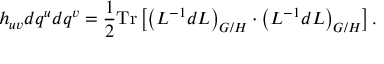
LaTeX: h _ { u v } d q ^ { u } d q ^ { v } = \frac 1 2 \mathrm { T r } \left[ \left( L ^ { - 1 } d L \right) _ { G / H } \cdot \left( L ^ { - 1 } d L \right) _ { G / H } \right] .